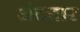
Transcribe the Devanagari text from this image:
अंदबार